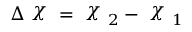
\Delta \raisebox { \depth } { \( \chi \) } = \raisebox { \depth } { \( \chi \) } _ { 2 } - \raisebox { \depth } { \( \chi \) } _ { 1 }